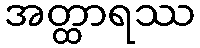
အတ္ထာရဿ